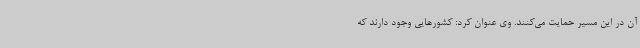
آن در این مسیر حمایت می‌کنند. وی عنوان کرد: کشورهایی وجود دارند که